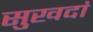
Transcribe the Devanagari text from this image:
सुखदां